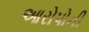
આરોપોની